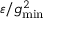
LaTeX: \varepsilon / g _ { \mathrm { m i n } } ^ { 2 }